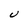
Character: U